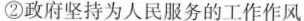
②政府坚持为人民服务的工作作风